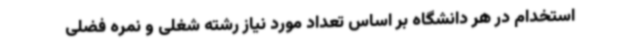
استخدام در هر دانشگاه بر اساس تعداد مورد نیاز رشته شغلی و نمره فضلی